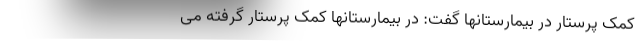
کمک پرستار در بیمارستانها گفت: در بیمارستانها کمک پرستار گرفته می